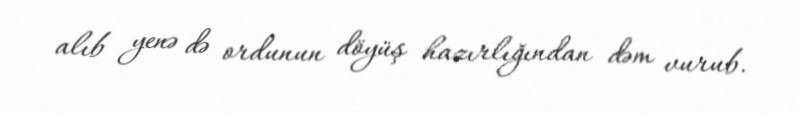
alıb yenə də ordunun döyüş hazırlığından dəm vurub.